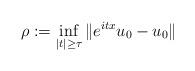
LaTeX: \begin{align*}\rho:= \inf_{|t|\geq \tau} \|e^{itx} u_0 - u_0\|\end{align*}